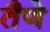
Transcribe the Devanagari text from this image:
तैणे